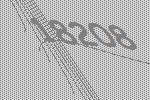
18208